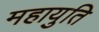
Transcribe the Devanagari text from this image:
महायुति